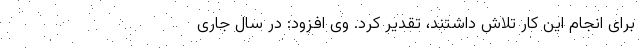
برای انجام این کار تلاش داشتند، تقدیر کرد. وی افزود: در سال جاری